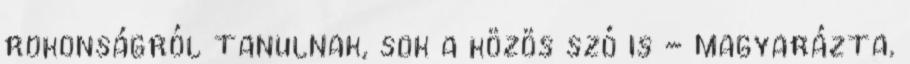
rokonságról tanulnak, sok a közös szó is - magyarázta.